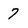
Character: 7